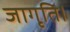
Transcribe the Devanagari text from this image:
जागृति।